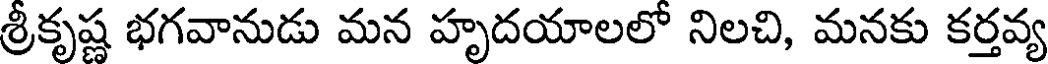
శ్రీకృష్ణ భగవానుడు మన హృదయాలలో నిలచి, మనకు కర్తవ్య